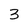
Character: 3